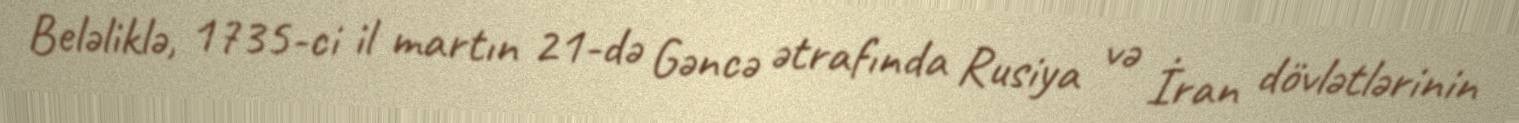
Beləliklə, 1735-ci il martın 21-də Gəncə ətrafında Rusiya və İran dövlətlərinin